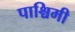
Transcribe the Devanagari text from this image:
पाश्चिमी